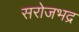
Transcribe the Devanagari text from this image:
सरोजभद्र